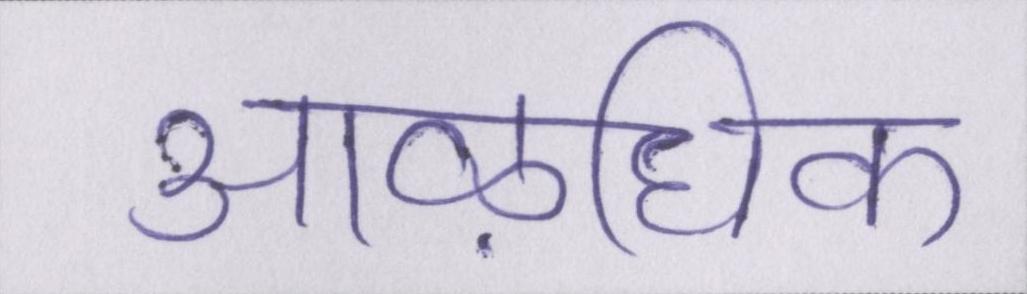
आऴधिक